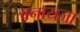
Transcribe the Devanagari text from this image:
बनायजा